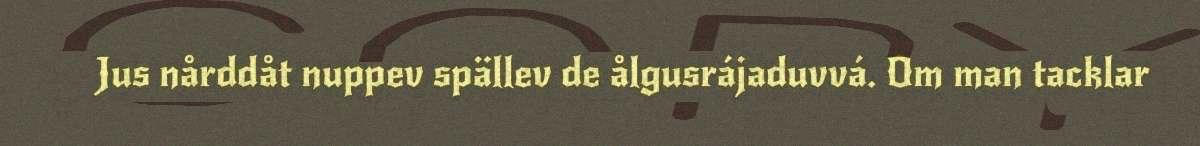
Jus nårddåt nuppev spällev de ålgusrájaduvvá. Om man tacklar